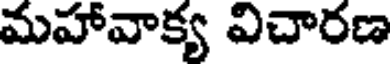
మహావాక్య విచారణ